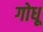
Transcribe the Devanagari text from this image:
गोधू